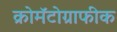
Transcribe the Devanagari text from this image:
क्रोमॅटोग्राफीक